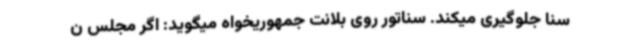
سنا جلوگیری میکند. سناتور روی بلانت جمهوریخواه میگوید: اگر مجلس ن